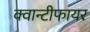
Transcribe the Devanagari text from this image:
क्वान्टीफायर